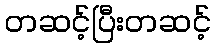
တဆင့်ပြီးတဆင့်